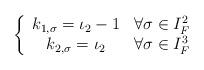
LaTeX: \begin{align*}\left\{ \begin{array}{cc} k_{1,\sigma}=\iota_2-1 & \forall \sigma \in I_F^2 \\k_{2,\sigma}=\iota_2 & \forall \sigma \in I_F^3\end{array}\right.\end{align*}